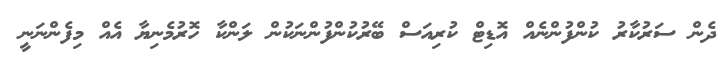
ދެން ސަރުކާރު ކުންފުންނެއް އޮޑިޓް ކުރިއަސް ބޭރުކުންފުންނަކުން ލަންކާ ހޮރުމެނިޔާ އެއް މިފެންނަނީ